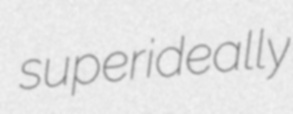
superideally